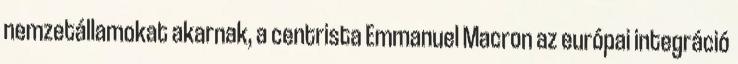
nemzetállamokat akarnak, a centrista Emmanuel Macron az európai integráció